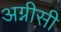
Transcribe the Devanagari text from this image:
अग्नीसी